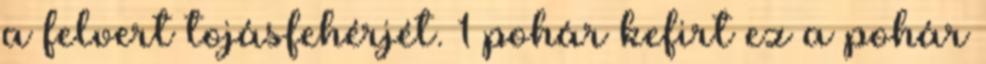
a felvert tojásfehérjét. 1 pohár kefirt ez a pohár